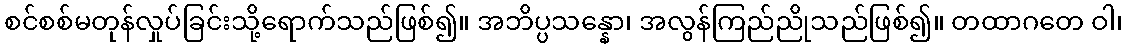
စင်စစ်မတုန်လှုပ်ခြင်းသို့ရောက်သည်ဖြစ်၍။ အဘိပ္ပသန္နော၊ အလွန်ကြည်ညိုသည်ဖြစ်၍။ တထာဂတေ ဝါ၊